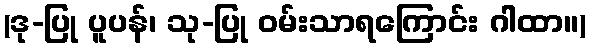
(ဒု-ပြု ပူပန်၊ သု-ပြု ဝမ်းသာရကြောင်း ဂါထာ။)